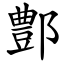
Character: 鄷